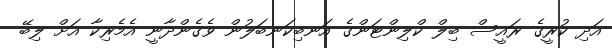
އަދި ކުރީގެ ރައީސް ބިލް ކްލިންޓަންގެ އަނބިކަނބަލުން ވެގެންދާނީ އެމެރިކާ އަށް ލިބޭ